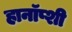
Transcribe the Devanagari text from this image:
हानॉप्शी